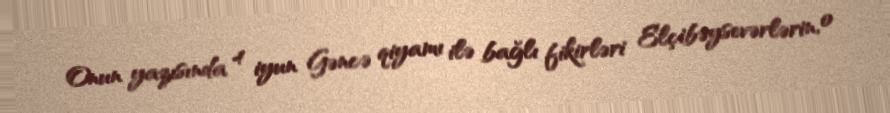
Onun yazısında 4 iyun Gəncə qiyamı ilə bağlı fikirləri Elçibəysevərlərin, o